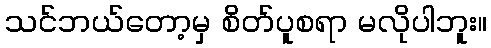
သင်ဘယ်တော့မှ စိတ်ပူစရာ မလိုပါဘူး။